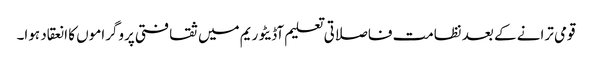
قومی ترانے کے بعد نظامت فاصلاتی تعلیم آڈیٹوریم میں ثقافتی پروگراموں کا انعقاد ہوا۔